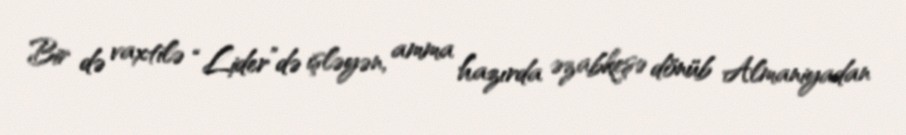
Bir də vaxtilə “Lider”də işləyən, amma hazırda əzabkeşə dönüb Almaniyadan